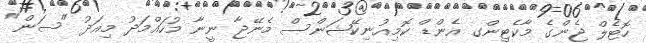
ހޮޓެލް ޖެންގެ މާކެޓިންގ އެންޑް ކޮމިއުނިކޭޝަންސް މެނޭޖާ ނީނާ މުހައްމަދު މިއަދު "ސަން"